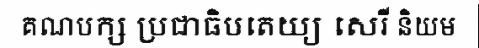
គណបក្ស ប្រជាធិបតេយ្យ សេរី និយម